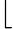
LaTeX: \lfloor